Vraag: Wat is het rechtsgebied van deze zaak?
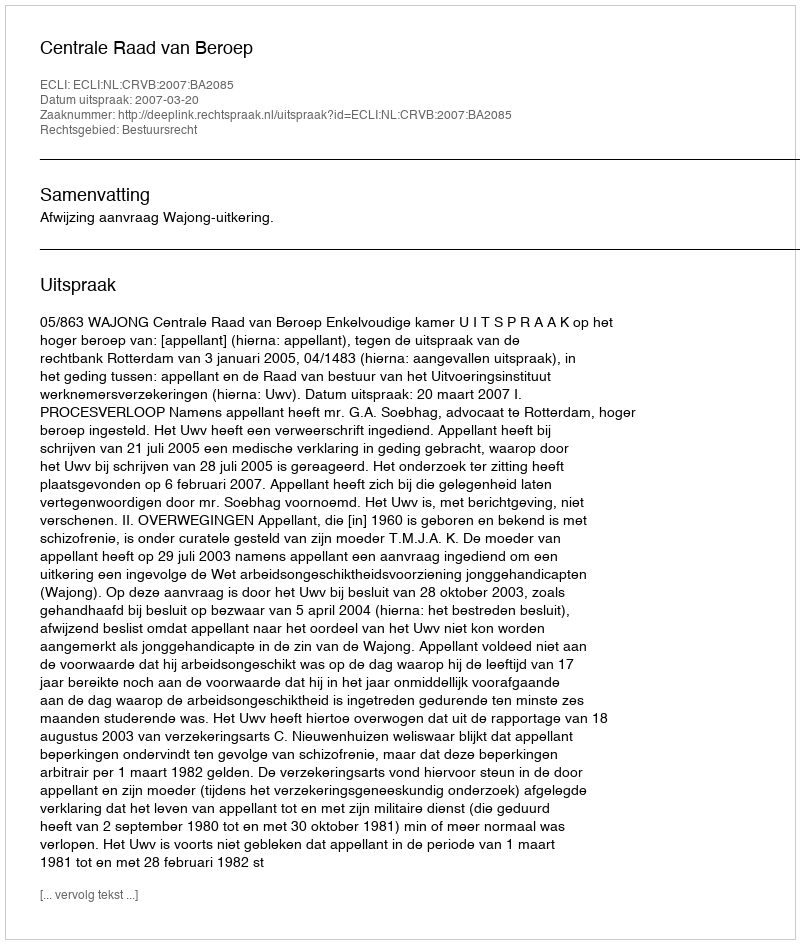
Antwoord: Bestuursrecht